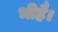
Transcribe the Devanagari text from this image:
भीहै।